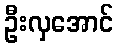
ဦးလှအောင်